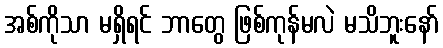
အစ်ကိုသာ မရှိရင် ဘာတွေ ဖြစ်ကုန်မလဲ မသိဘူးနော်